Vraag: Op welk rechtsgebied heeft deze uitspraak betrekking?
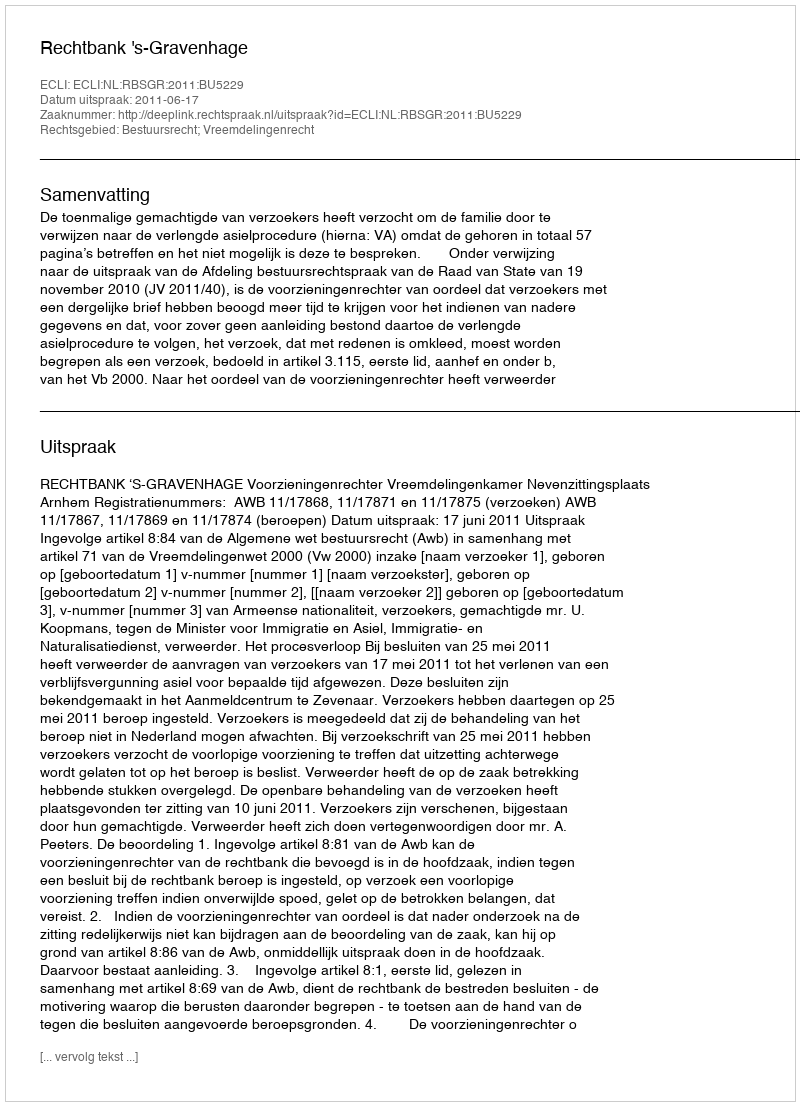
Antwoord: Bestuursrecht; Vreemdelingenrecht